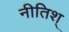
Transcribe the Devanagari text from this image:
नीतिश्